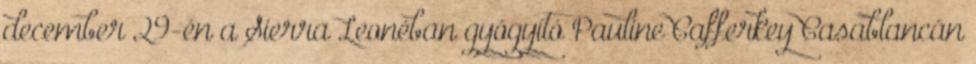
december 29-én a Sierra Leonéban gyógyító Pauline Cafferkey Casablancán